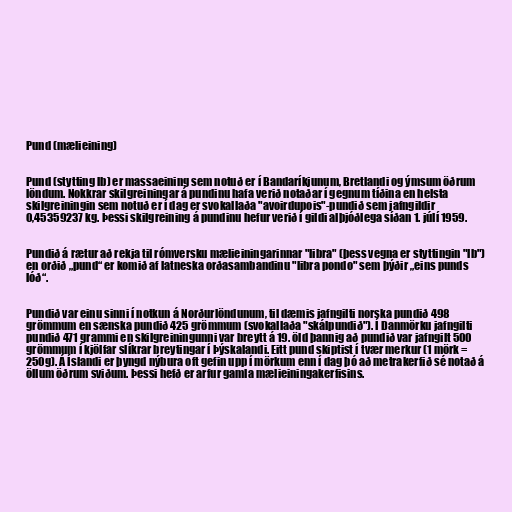
Pund (mælieining)

Pund (stytting lb) er massaeining sem notuð er í Bandaríkjunum, Bretlandi og ýmsum öðrum
löndum. Nokkrar skilgreiningar á pundinu hafa verið notaðar í gegnum tíðina en helsta
skilgreiningin sem notuð er í dag er svokallaða "avoirdupois"-pundið sem jafngildir
0,45359237 kg. Þessi skilgreining á pundinu hefur verið í gildi alþjóðlega síðan 1. júlí 1959.

Pundið á rætur að rekja til rómversku mælieiningarinnar "libra" (þess vegna er styttingin "lb")
en orðið „pund“ er komið af latneska orðasambandinu "libra pondo" sem þýðir „eins punds
lóð“.

Pundið var einu sinni í notkun á Norðurlöndunum, til dæmis jafngilti norska pundið 498
grömmum en sænska pundið 425 grömmum (svokallaða "skálpundið"). Í Danmörku jafngilti
pundið 471 grammi en skilgreiningunni var breytt á 19. öld þannig að pundið var jafngilt 500
grömmum í kjölfar slíkrar breytingar í Þýskalandi. Eitt pund skiptist í tvær merkur (1 mörk =
250g). Á Íslandi er þyngd nýbura oft gefin upp í mörkum enn í dag þó að metrakerfið sé notað á
öllum öðrum sviðum. Þessi hefð er arfur gamla mælieiningakerfisins.